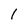
Character: 1